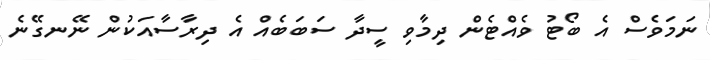
ނަމަވެސް އެ ބޯޓު ވެއްޓެން ދިމާވި ސީދާ ސަބަބެއް އެ ދިރާސާއަކުން ނޭނގޭނެ